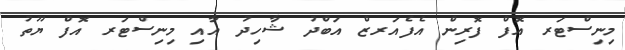
މިނިސްޓަރ އޮފް ފޮރިން އެފެއަރޒް އަބްދު ޝާހިދު އާއި މިނިސްޓަރ އޮފް ޔޫތު